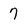
Character: 7